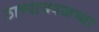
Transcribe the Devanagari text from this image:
ठाण्याजवळच्या